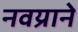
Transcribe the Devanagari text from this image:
नवय्राने